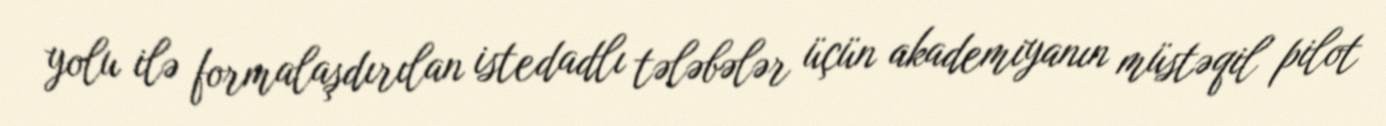
yolu ilə formalaşdırılan istedadlı tələbələr üçün akademiyanın müstəqil pilot